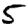
Digit: 5